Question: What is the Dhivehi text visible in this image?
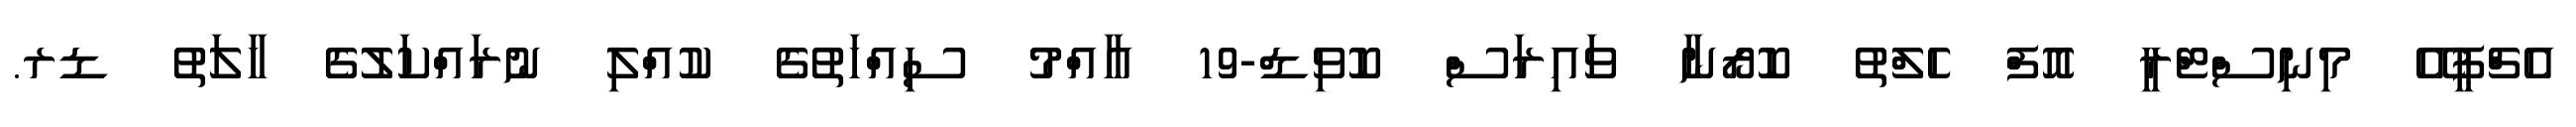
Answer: އެޗްޕީއޭ މިނިސްޓްރީ އޮފް ހެލްތު ކޮރޯނާ ވައިރަސް ކޮވިޑް-19 އާއްމު ސިއްހަތުގެ ކުއްލި ނުރައްކަލުގެ ހާލަތު ޑރ.